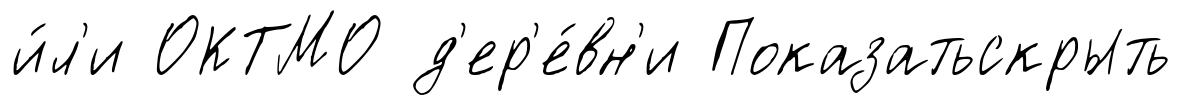
и́л'и ОКТМО д'ер'е́вн'и Показатьскрыть